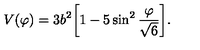
V ( \varphi ) = 3 b ^ { 2 } \biggl [ 1 - 5 \sin ^ { 2 } \frac { \varphi } { \sqrt { 6 } } \biggr ] .